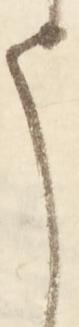
う